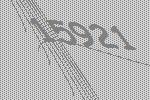
15921